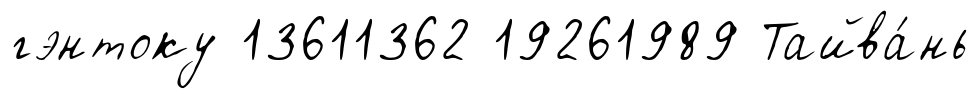
гэнтоку 13611362 19261989 Тайва́нь